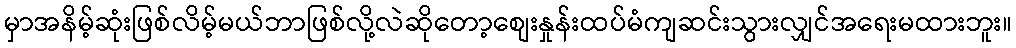
မှာအနိမ့်ဆုံးဖြစ်လိမ့်မယ်ဘာဖြစ်လို့လဲဆိုတော့စျေးနှုန်းထပ်မံကျဆင်းသွားလျှင်အရေးမထားဘူး။